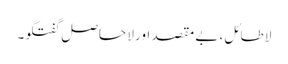
لا طائل، بے مقصد اور لا حاصل گفتگو۔